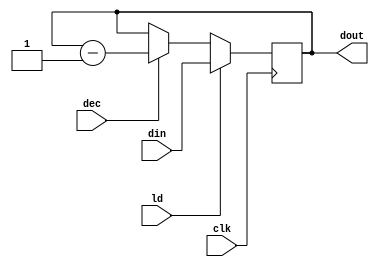
`timescale 1ns / 1ps
//////////////////////////////////////////////////////////////////////////////////
// Company: 
// Engineer: 
// 
// Design Name: 
// Module Name:    CNTR 
// Project Name: 
// Target Devices: 
// Tool versions: 
// Description: 
//
// Dependencies: 
//
// Revision: 
// Revision 0.01 - File Created
// Additional Comments: 
//
//////////////////////////////////////////////////////////////////////////////////
module CNTR(dout,din,ld,dec,clk
    );

input [15:0] din;
input ld,clk,dec;
output reg[15:0] dout;

always @ (posedge clk)
 if (ld) dout<=din;
 else if (dec) dout<=dout-1;
endmodule